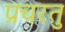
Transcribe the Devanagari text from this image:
प्रचरतु